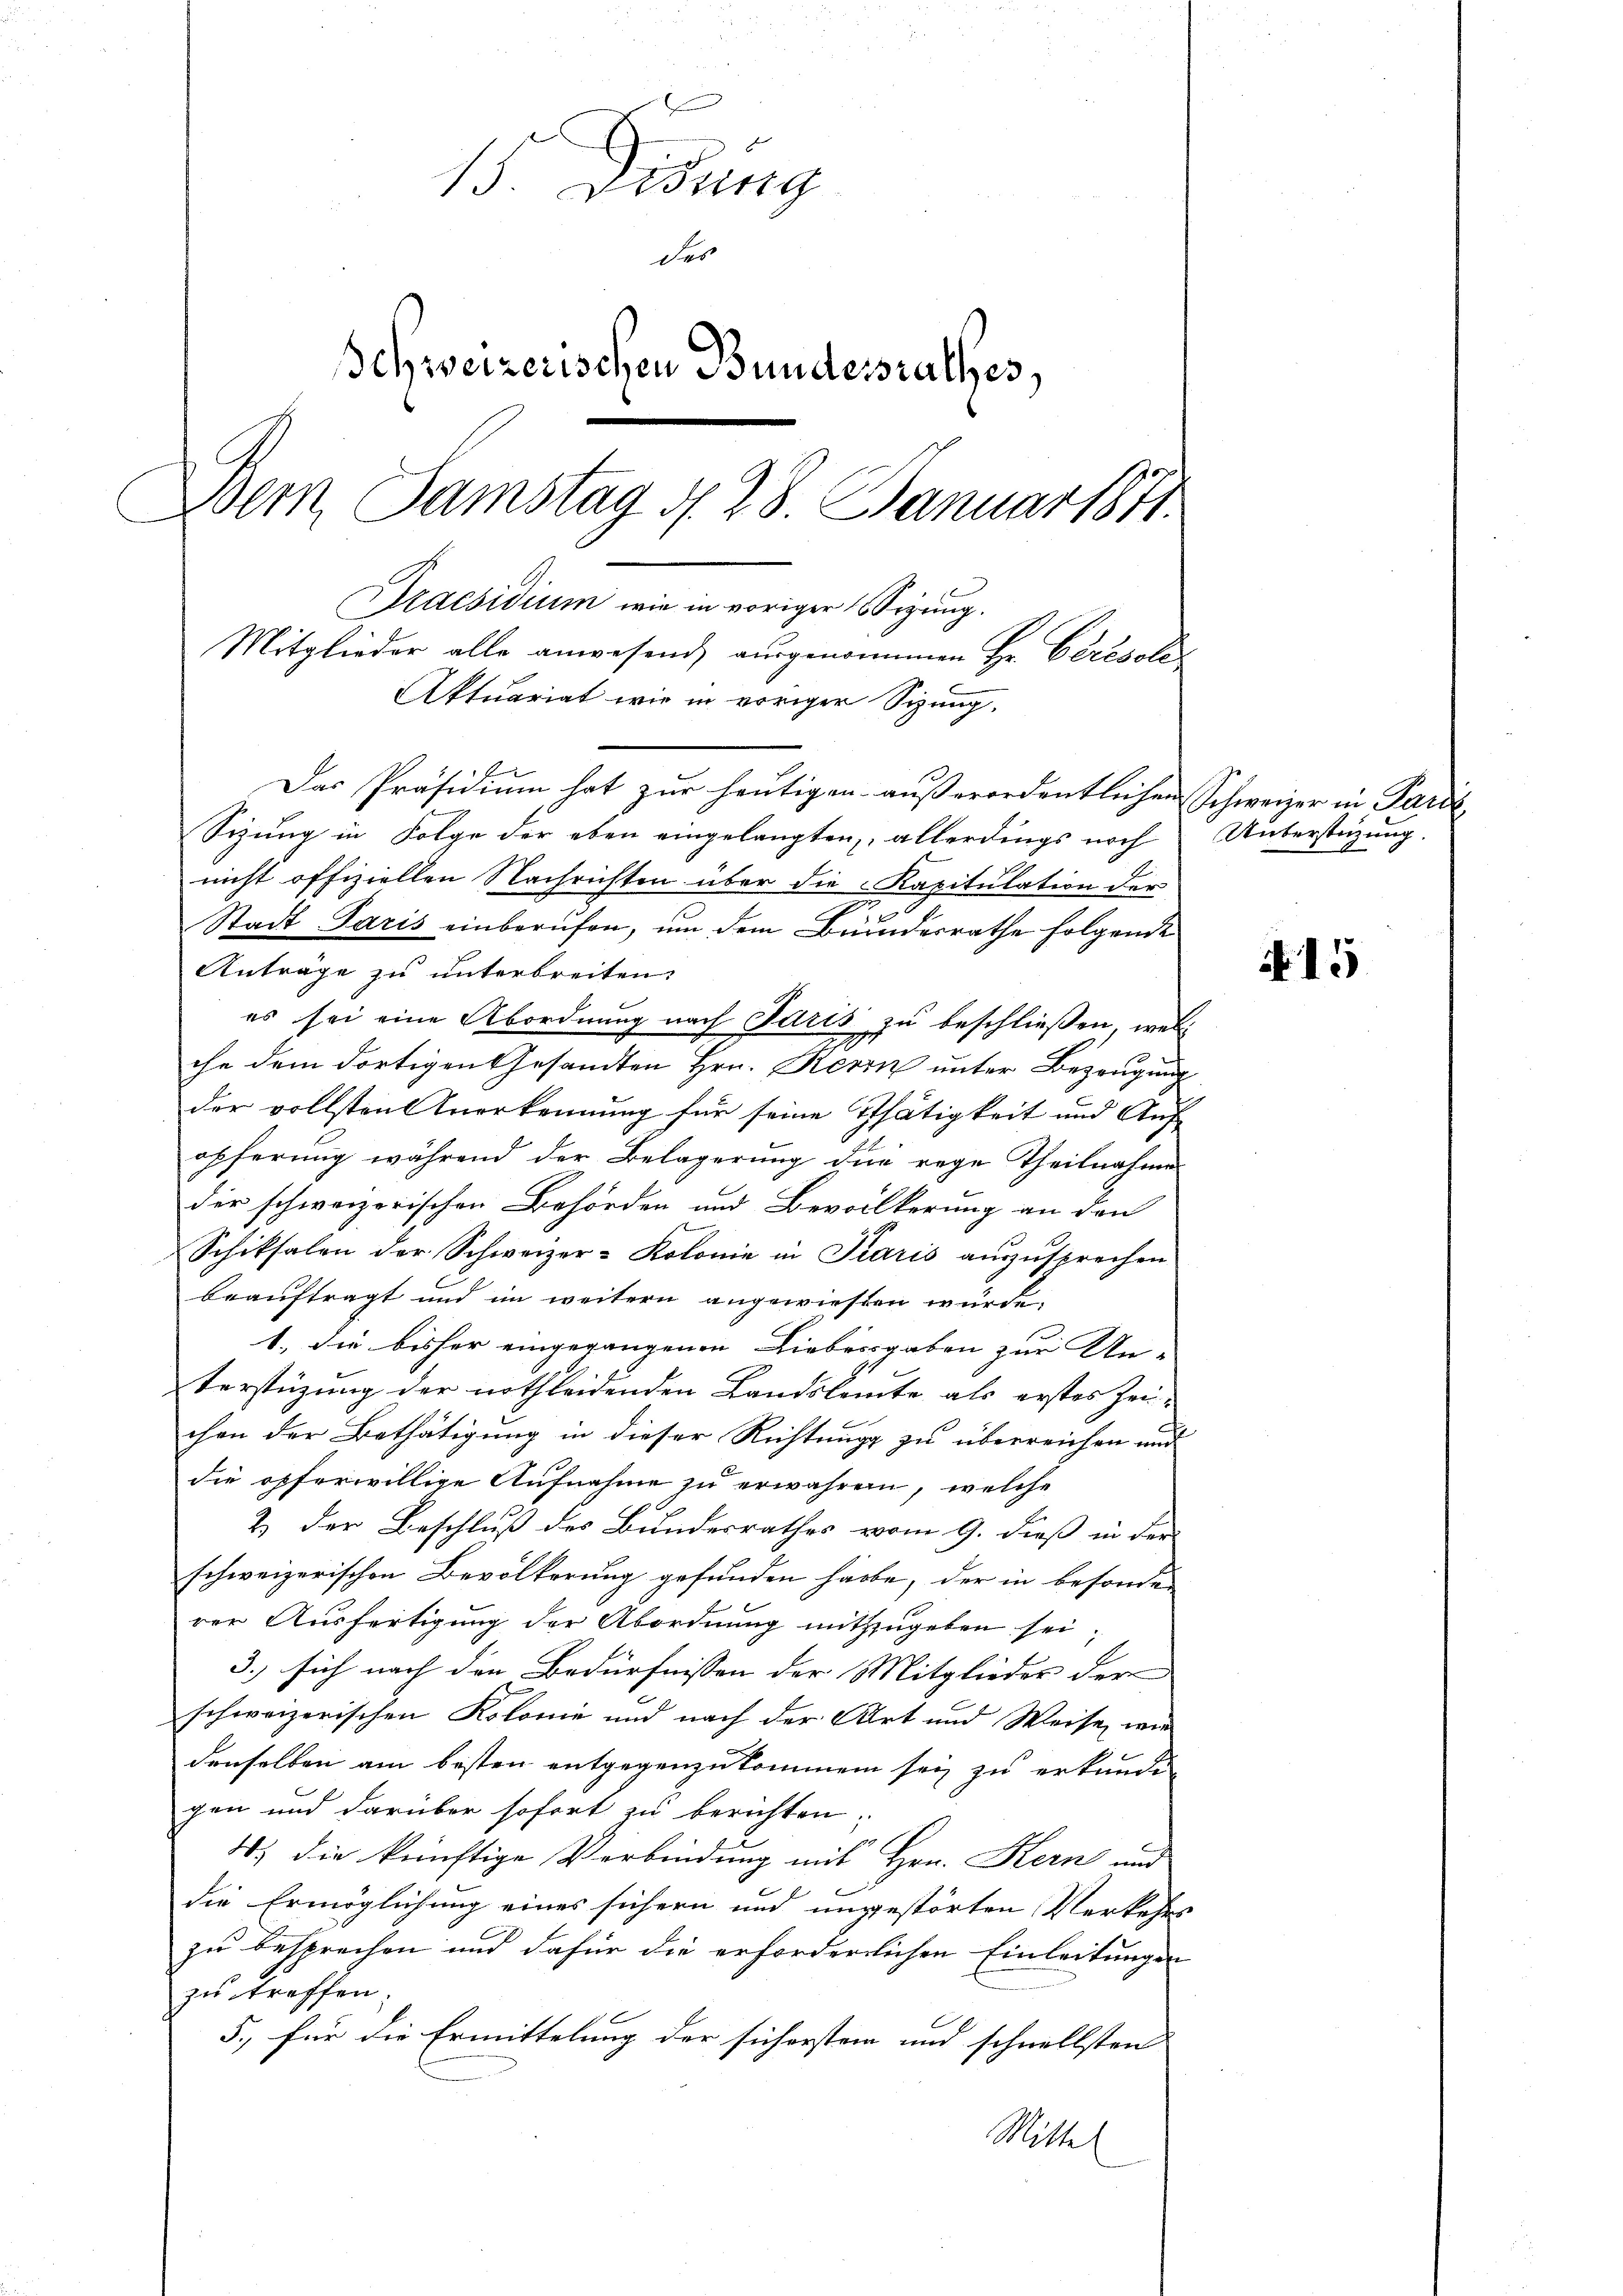
15. Lesung
der
Schweizerischen Bundesrathes,
Dem Samstag d. 28. Januar 1811.
Praesidium wie in voriger Vizung.
Mitglieder alle anwesend, ausgenommen Hr. Ceresold
Aktuariat wie in voriger Sitzung.

f
Das Präsidiŭm hat zŭr heŭtigen aŭβerordentlichen Schweizer in Pari

Sizung in Folge der eben eingelangten, allerdings noch
nicht offiziellen Nachrichten über die Kapitulation der
Stadt Paris einberufen, um dem Bundesrathe folgende
Anträge zu unterbreiten.
es sei eine Abordnung nach Paris zu beschließen, welche dem dortigen Gesandten Hrn. Herrn unter Bezeugung
der vollsten Anerkennung für seine Thätigkeit und Auf-
öpferung während der Belagerung die rege Theilnahme
der schweizerischen Behörden und Bevollkerung an den
Schiksalen der Schweizer-Kolonie in Paris auszusprechen
beauftragt und im weitern angewiesten würde,
1., die bisher eingegangenen Liebesgaben zur Un-
terstüzung der nothleidenden Landslamte als erstes Zeichen der Bethätigung in dieser Richtung zu überreichen und
die opferwillige Aufnahme zu erwähren, welche
2. Der Beschluß des Bundesrathes vom 9. dieß in der
schweizerischen Bevölkerung gefunden habe, der in besonder
rer Ausfertigung der Abordnung mitzzugeben sei,
3.) sich nach den Bedürfnissen der Mitglieder der
schweizerischen Kolonie und nach der Art und Weise, wie
denselben am besten entgegenzukommen sei zu erkunden
gen und darüber sofort zu berichten,
4) die künftige Verbindung mit Hrn. Kern und
die Ermöglichung eines sichern und ungestörten Verkehrs
zu besprochen und dafür die erforderlichen Einleitungen
zu treffen.
5., für die Ermittelung der sichersten und schnellsten
Mittel

Uüberstüzung.

N 15